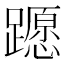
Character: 𨆸